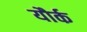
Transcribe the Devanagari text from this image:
यौर्क